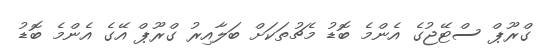
ގްރޫޕް ސްޓޭޖުގެ އެންމެ ބޮޑު މެޗުތަކަށް ބަލާއިރު ގްރޫޕް އޭގެ އެންމެ ބޮޑު